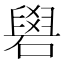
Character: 𥕭